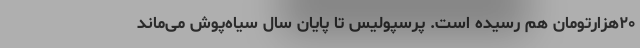
۲۰هزارتومان هم رسیده است. پرسپولیس تا پایان سال سیاه‌پوش می‌ماند